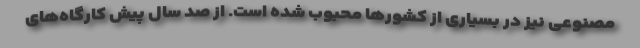
مصنوعی نیز در بسیاری از کشورها محبوب شده است. از صد سال پیش کارگاه‌های